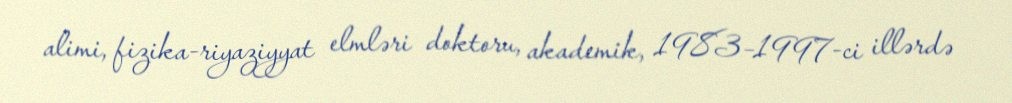
alimi, fizika-riyaziyyat elmləri doktoru, akademik, 1983–1997-ci illərdə